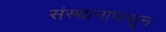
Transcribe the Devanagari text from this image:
संस्थानापासून